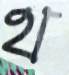
থ